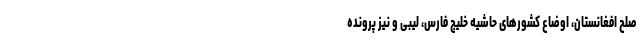
صلح افغانستان، اوضاع کشور‌های حاشیه خلیج فارس، لیبی و نیز پرونده